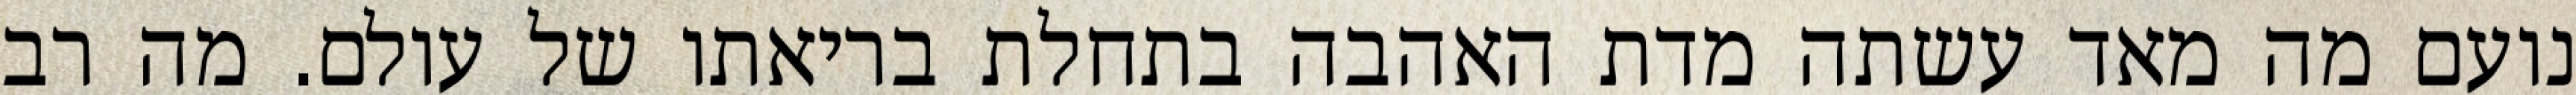
נועם מה מאד עשתה מדת האהבה בתחלת בריאתו של עולם. מה רב